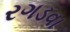
રગડવા